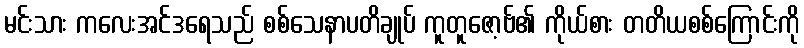
မင်းသား ကလေးအင်ဒရေသည် စစ်သေနာပတိချုပ် ကူတူဇော့ဗ်၏ ကိုယ်စား တတိယစစ်ကြောင်းကို